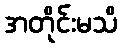
အတိုင်းမသိ